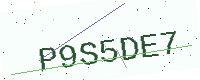
Text: P9S5DE7